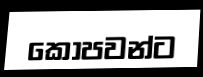
කෝපවන්ට